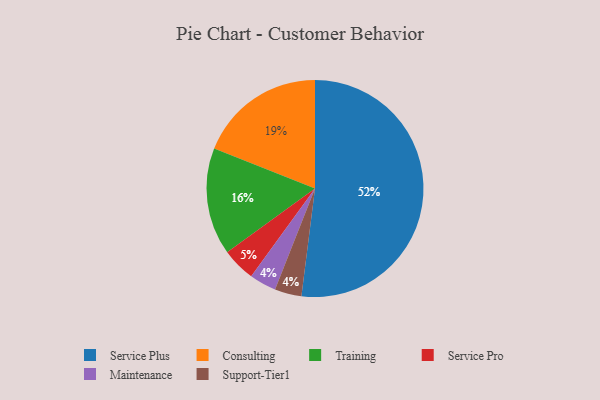
{"axis": {"x": "Category", "y": "Percentage"}, "legend": ["Consulting", "Maintenance", "Service Plus", "Service Pro", "Support-Tier1", "Training"], "data": [{"x": "Service Plus", "y": 52, "type": "Service Plus"}, {"x": "Maintenance", "y": 4, "type": "Maintenance"}, {"x": "Service Pro", "y": 5, "type": "Service Pro"}, {"x": "Consulting", "y": 19, "type": "Consulting"}, {"x": "Support-Tier1", "y": 4, "type": "Support-Tier1"}, {"x": "Training", "y": 16, "type": "Training"}]}